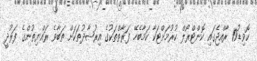
ކޮވިޑު19 ރާއްޖެގައި ކޮންޓްރޯލް ކުރުމަށްޓަކާ ކަމާބެހޭ ފަރާތްތަކުގެ އިރުޝާދުތަކަށް ތަބާވެ ރައްޔިތުންގެ ފަރުދީ